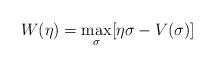
LaTeX: \begin{align*}W(\eta)=\max_{\sigma}[\eta\sigma-V(\sigma)]\end{align*}